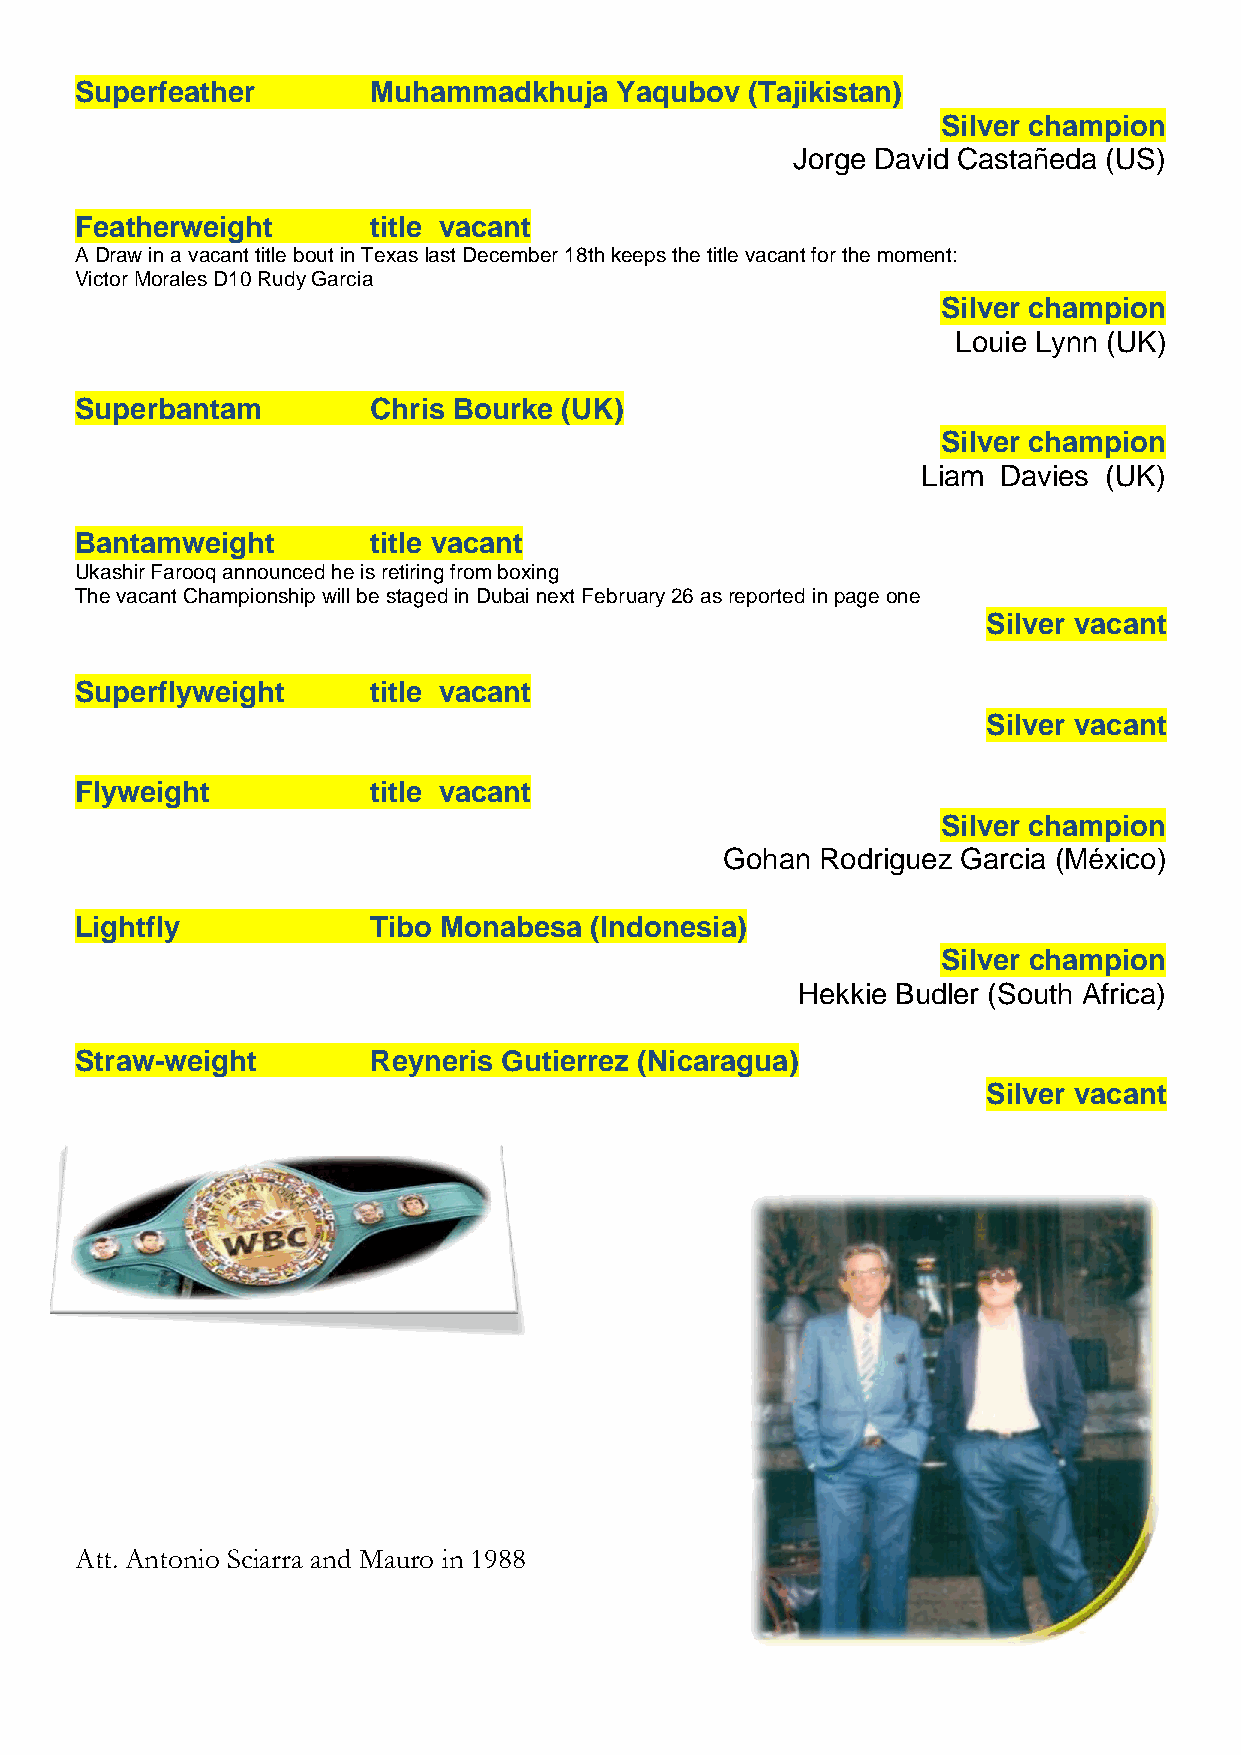
Superfeather        Muhammadkhuja   Yaqubov (Tajikistan)
 Silver champion
 Jorge David Castañeda (US)
 Featherweight       title vacant
 A Draw in a vacant title bout in Texas last December 18th keeps the title vacant for the moment:
 Victor Morales D10 Rudy Garcia
 Silver champion
 Louie Lynn (UK)
 Superbantam         Chris Bourke (UK)
 Silver champion
 Liam Davies (UK)
 Bantamweight        title vacant
 Ukashir Farooq announced he is retiring from boxing
 The vacant Championship will be staged in Dubai next February 26 as reported in page one
 Silver vacant
 Superflyweight      title vacant
 Silver vacant
 Flyweight           title vacant
 Silver champion
 Gohan Rodriguez Garcia (México)
 Lightfly            Tibo Monabesa (Indonesia)
 Silver champion
 Hekkie Budler (South Africa)
 Straw-weight        Reyneris Gutierrez (Nicaragua)
 Silver vacant
 Att. Antonio Sciarra and Mauro in 1988